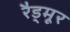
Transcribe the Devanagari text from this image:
रैड्मूर